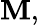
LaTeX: \mathbf{M},